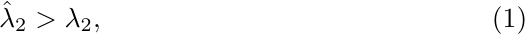
\begin{equation}
    \hat{\lambda}_{2} > \lambda_2,    \label{eq4.15}
\end{equation}